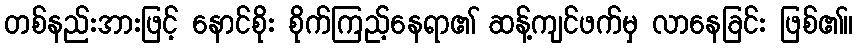
တစ်နည်းအားဖြင့် နောင်စိုး စိုက်ကြည့်နေရာ၏ ဆန့်ကျင်ဖက်မှ လာနေခြင်း ဖြစ်၏။